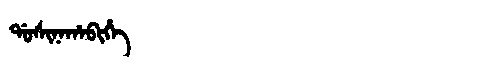
Manchu: ᡩᠣᠰᡳᠨᠠᡥᠠᠪᡳᡥᡝ
Romanization: DOSINAHABIHE